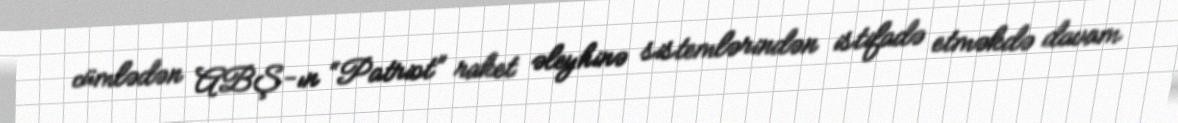
cümlədən ABŞ-ın “Patriot” raket əleyhinə sistemlərindən istifadə etməkdə davam